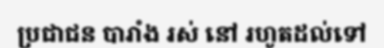
ប្រជាជន បារាំង រស់ នៅ រហូតដល់ទៅ